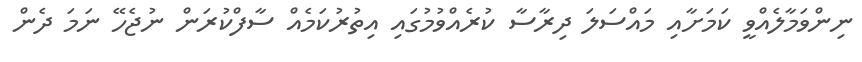
ނިންވަމާލެއްވީ ކަމަށާއި މައްސަލަ ދިރާސާ ކުރެއްވުމުގައި އިތުރުކަމެއް ސާފްކުރަން ނުޖެހޭ ނަމަ ދެން